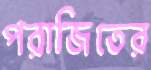
পরাজিতের